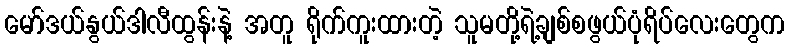
မော်ဒယ်နွယ်ဒါလီထွန်းနဲ့ အတူ ရိုက်ကူးထားတဲ့ သူမတို့ရဲ့ချစ်စဖွယ်ပုံရိပ်လေးတွေက